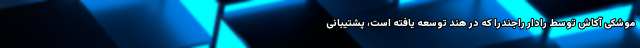
موشکی آکاش توسط رادار راجندرا که در هند توسعه یافته است، پشتیبانی